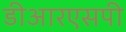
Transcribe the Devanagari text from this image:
डीआरएसपी